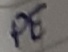
Text: PE